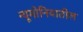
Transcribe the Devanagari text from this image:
न्यूमोनियातील